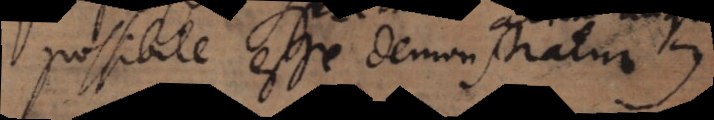
possibile esse demonstratur